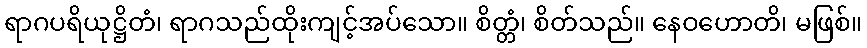
ရာဂပရိယုဋ္ဌိတံ၊ ရာဂသည်ထိုးကျင့်အပ်သော။ စိတ္တံ၊ စိတ်သည်။ နေဝဟောတိ၊ မဖြစ်။